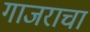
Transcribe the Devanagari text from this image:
गाजराचा